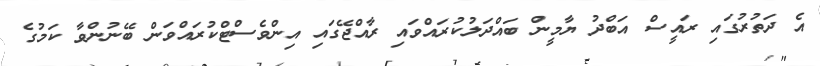
އެ ދަތުރުގައި ރައީސް އަބްދު ޔާމީން ބައްދަލުކުރައްވައި ރާއްޖޭގައި އިންވެސްޓްކުރައްވަން ބޭނުންވާ ކަމުގެ